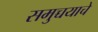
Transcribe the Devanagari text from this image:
समुच्चयाचे